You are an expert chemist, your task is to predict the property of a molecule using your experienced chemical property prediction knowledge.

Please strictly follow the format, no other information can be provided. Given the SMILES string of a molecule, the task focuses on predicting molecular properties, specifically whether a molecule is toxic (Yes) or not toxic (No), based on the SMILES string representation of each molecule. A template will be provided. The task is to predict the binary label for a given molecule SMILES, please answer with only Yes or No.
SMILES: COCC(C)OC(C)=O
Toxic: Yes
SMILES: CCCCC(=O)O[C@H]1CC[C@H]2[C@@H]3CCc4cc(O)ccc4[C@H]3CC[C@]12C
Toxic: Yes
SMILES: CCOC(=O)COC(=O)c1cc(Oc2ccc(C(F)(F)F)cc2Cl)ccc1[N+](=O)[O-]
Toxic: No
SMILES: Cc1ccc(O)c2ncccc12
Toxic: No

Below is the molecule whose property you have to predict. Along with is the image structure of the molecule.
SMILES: CC(C/N=C/c1ccccc1O)/N=C/c1ccccc1O
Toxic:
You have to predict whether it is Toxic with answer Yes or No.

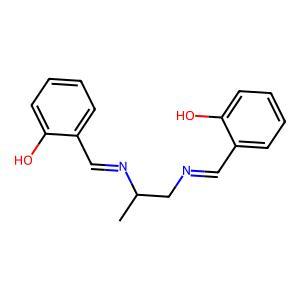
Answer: No